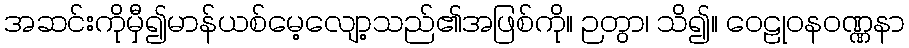
အဆင်းကိုမှီ၍မာန်ယစ်မေ့လျော့သည်၏အဖြစ်ကို။ ဉတွာ၊ သိ၍။ ဝေဠုဝနဝဏ္ဏနာ